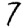
Digit: 7